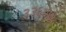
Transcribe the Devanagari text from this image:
३३६मध्ये